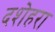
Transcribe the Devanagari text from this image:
दशेहरा